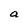
Character: a